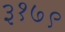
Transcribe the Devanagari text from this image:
३१७९